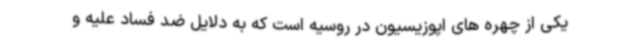
یکی از چهره های اپوزیسیون در روسیه است که به دلایل ضد فساد علیه و